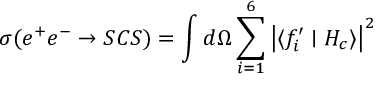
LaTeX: \sigma ( e ^ { + } e ^ { - } \rightarrow S C S ) = \int d \Omega \sum _ { i = 1 } ^ { 6 } \left| \langle f _ { i } ^ { \prime } \mid H _ { c } \rangle \right| ^ { 2 }